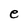
Character: e